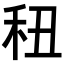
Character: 𥝦